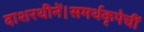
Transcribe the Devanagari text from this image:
दाशरथीनें।समर्थकृपेचीं